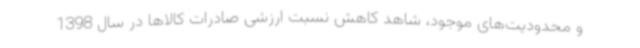
و محدودیت‌های موجود، شاهد کاهش نسبت ارزشی صادرات کالاها در سال 1398